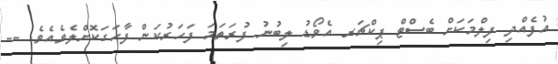
އުފެއްދި ފިލްމަކަށް ބެސްޓް ޕިކްޗަރ އެވޯޑު ލިބުނު ފުރަތަމަ ފަހަރުކަން ފާހަގަކޮށްލެވެއެވެ. --